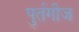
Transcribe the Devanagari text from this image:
पुर्तगीज